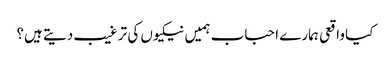
کیا واقعی ہمارے احباب ہمیں نیکیوں کی ترغیب دیتے ہیں؟